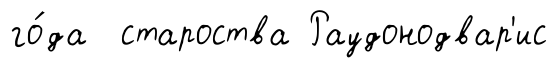
го́да староства Раудонодвар'ис